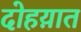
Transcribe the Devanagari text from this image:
दोहय़ात